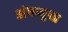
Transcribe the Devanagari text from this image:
अंकमुख